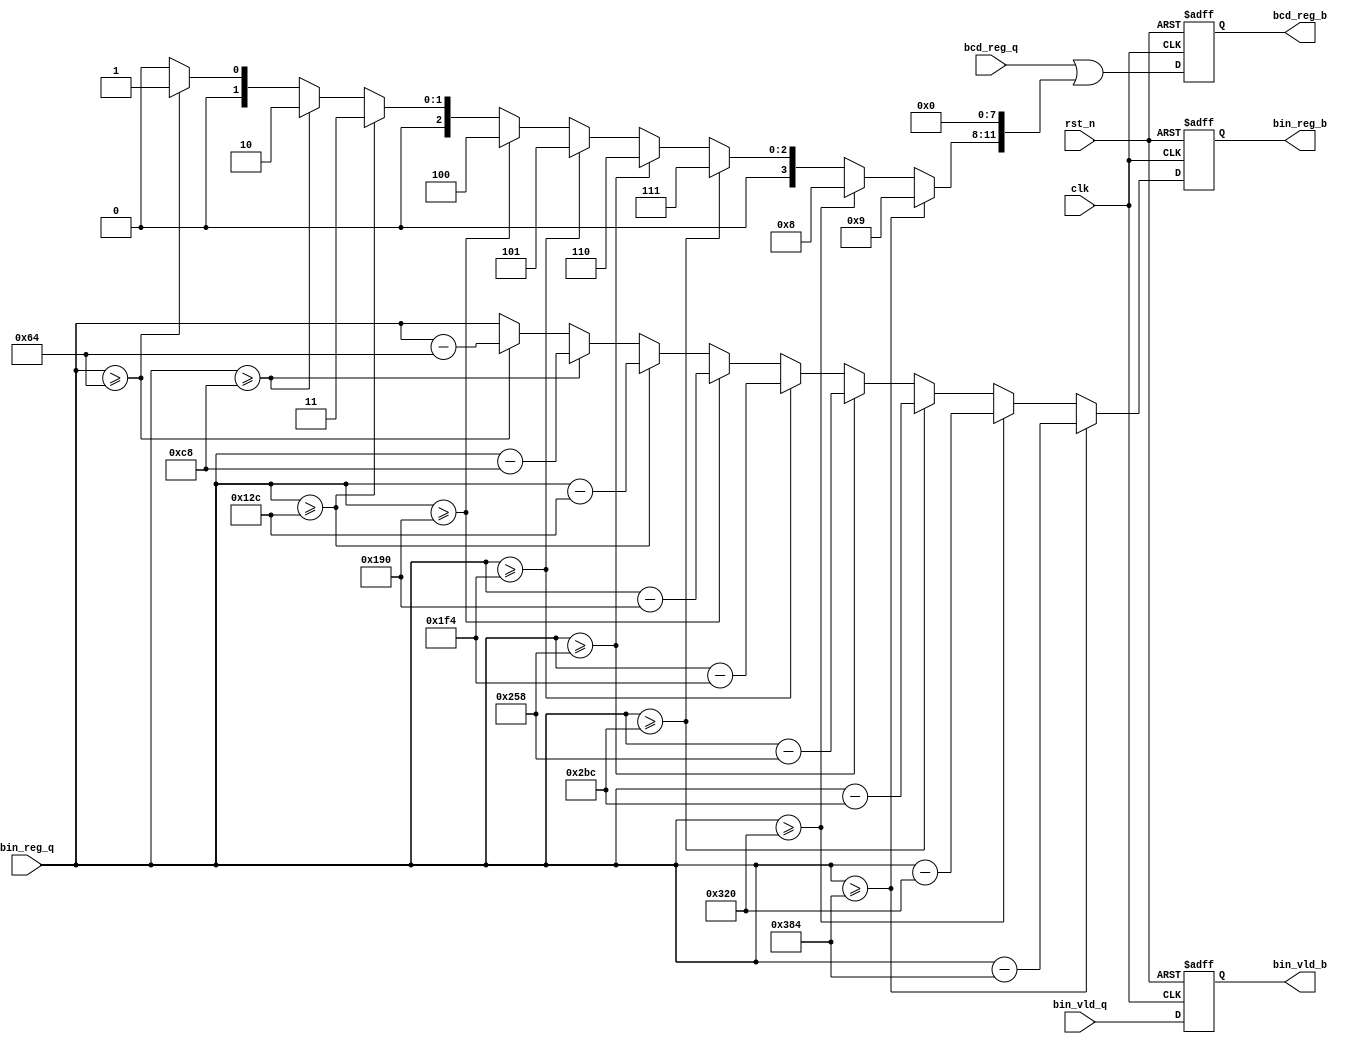
`timescale 1ns / 1ps
//////////////////////////////////////////////////////////////////////////////////
// Company: 
// Engineer: 
// 
// Design Name: 
// Module Name: bai
// Project Name: 
// Target Devices: 
// Tool Versions: 
// Description: 
// 
// Dependencies: 
// 
// Revision:
// Revision 0.01 - File Created
// Additional Comments:
// 
//////////////////////////////////////////////////////////////////////////////////


module bai(
        output reg [16:0] bcd_reg_b,
        output reg [9:0] bin_reg_b,
        output reg bin_vld_b,
        input [16:0] bcd_reg_q,
        input [9:0] bin_reg_q,
        input bin_vld_q,
        input clk,rst_n
    );
    wire [16:0] bai;
    wire [16:0] bcd_bai;
    wire [9:0] bin_bai;
    assign bai=(bin_reg_q>=10'd900)? 17'd9:
                (bin_reg_q>=10'd800)? 17'd8:
                (bin_reg_q>=10'd700)? 17'd7:
                (bin_reg_q>=10'd600)? 17'd6:
                (bin_reg_q>=10'd500)? 17'd5:
                (bin_reg_q>=10'd400)? 17'd4:
                (bin_reg_q>=10'd300)? 17'd3:
                (bin_reg_q>=10'd200)? 17'd2:
                (bin_reg_q>=10'd100)? 17'd1:17'd0;
    assign bin_bai=(bin_reg_q>=10'd900)? bin_reg_q-10'd900:
                (bin_reg_q>=10'd800)? bin_reg_q-10'd800:
                (bin_reg_q>=10'd700)? bin_reg_q-10'd700:
                (bin_reg_q>=10'd600)? bin_reg_q-10'd600:
                (bin_reg_q>=10'd500)? bin_reg_q-10'd500:
                (bin_reg_q>=10'd400)? bin_reg_q-10'd400:
                (bin_reg_q>=10'd300)? bin_reg_q-10'd300:
                (bin_reg_q>=10'd200)? bin_reg_q-10'd200:
                (bin_reg_q>=10'd100)? bin_reg_q-10'd100:bin_reg_q;
    assign bcd_bai=bcd_reg_q | (bai<<8);
    always @(posedge clk or negedge rst_n)
        if (rst_n==1'b0)
        begin
            bcd_reg_b<=17'd0;
            bin_reg_b<=10'd0;
            bin_vld_b<=1'b0;
        end else begin
            bcd_reg_b<=bcd_bai;
            bin_reg_b<=bin_bai;
            bin_vld_b<=bin_vld_q;
        end                              
endmodule